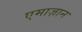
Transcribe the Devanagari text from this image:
एमाज़ान